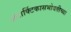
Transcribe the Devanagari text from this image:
अंटार्क्टिकासभोवतीच्या